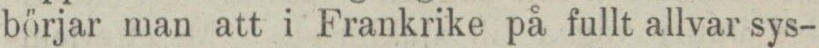
börjar man att i Frankrike på fullt allvar sys-